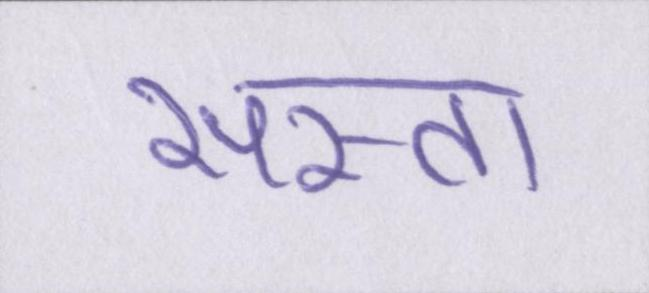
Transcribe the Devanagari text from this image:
सस्ता